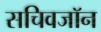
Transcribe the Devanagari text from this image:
सचिवजॉन